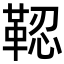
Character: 𩊫